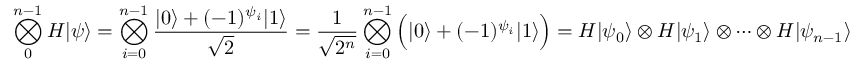
\bigotimes _ { 0 } ^ { n - 1 } H | \psi \rangle = \bigotimes _ { i = 0 } ^ { n - 1 } { \frac { | 0 \rangle + ( - 1 ) ^ { \psi _ { i } } | 1 \rangle } { \sqrt { 2 } } } = { \frac { 1 } { \sqrt { 2 ^ { n } } } } \bigotimes _ { i = 0 } ^ { n - 1 } { \Big ( } | 0 \rangle + ( - 1 ) ^ { \psi _ { i } } | 1 \rangle { \Big ) } = H | \psi _ { 0 } \rangle \otimes H | \psi _ { 1 } \rangle \otimes \cdots \otimes H | \psi _ { n - 1 } \rangle